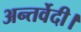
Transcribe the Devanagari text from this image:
अन्तर्वेदी।